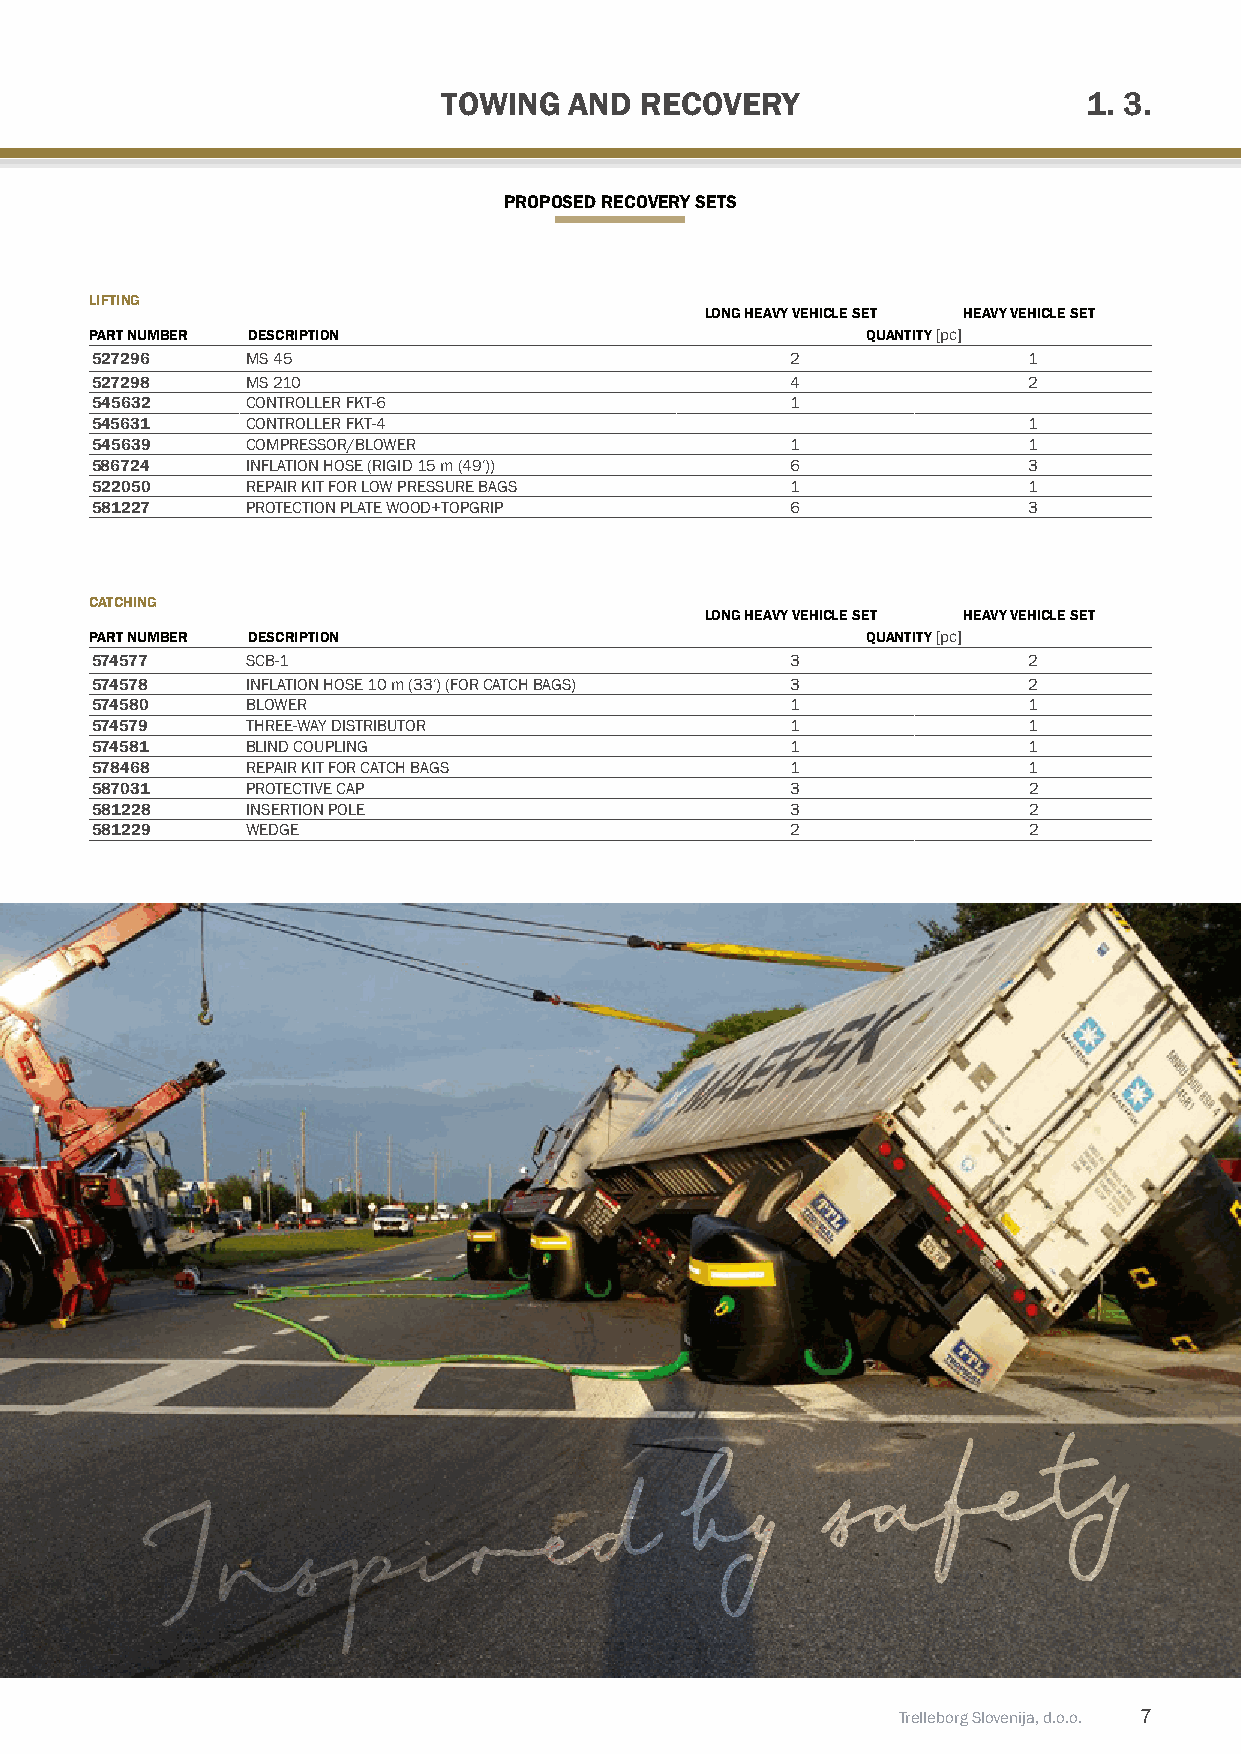
TOWiNG   AND RECOvERY                      1. 3.
 pROpOSED RECOvERY SETS
 LiFTiNG
 LONG HEAvY vEHiCLE SET HEAvY vEHiCLE SET
 pART NumBER DESCRipTiON                            quANTiTY [pc]
 527296    MS 45                               2               1
 527298    MS 210                              4               2
 545632    CONTROLLER FKT-6                    1
 545631    CONTROLLER FKT-4                                    1
 545639    COMPRESSOR/BLOWER                   1               1
 586724    INFLATION HOSE (RIGID 15 m (49′))   6               3
 522050    REPAIR KIT FOR LOW PRESSURE BAGS    1               1
 581227    PROTECTION PLATE WOOD+TOPGRIP       6               3
 CATCHiNG
 LONG HEAvY vEHiCLE SET HEAvY vEHiCLE SET
 pART NumBER DESCRipTiON                            quANTiTY [pc]
 574577    SCB-1                               3               2
 574578    INFLATION HOSE 10 m (33′) (FOR CATCH BAGS) 3        2
 574580    BLOWER                              1               1
 574579    THREE-WAY DISTRIBUTOR               1               1
 574581    BLIND COUPLING                      1               1
 578468    REPAIR KIT FOR CATCH BAGS           1               1
 587031    PROTECTIVE CAP                      3               2
 581228    INSERTION POLE                      3               2
 581229    WEDGE                               2               2
 Trelleborg Slovenija, d.o.o. 7